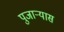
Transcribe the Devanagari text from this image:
पुजार्‍यास